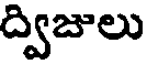
ద్విజులు